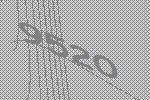
9520